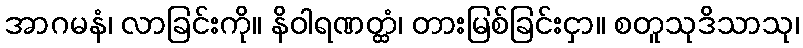
အာဂမနံ၊ လာခြင်းကို။ နိဝါရဏတ္ထံ၊ တားမြစ်ခြင်းငှာ။ စတူသုဒိသာသု၊